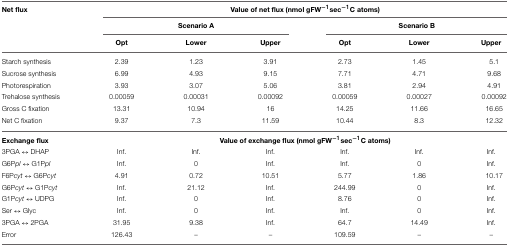
<table><thead><tr><td><b>Net flux</b></td><td colspan="6"><b>Value of net flux (nmol gFW<sup>−1</sup>sec<sup>−1</sup>C atoms)</b></td></tr><tr><td></td><td colspan="3"><b>Scenario A</b></td><td colspan="3"><b>Scenario B</b></td></tr><tr><td></td><td><b>Opt</b></td><td><b>Lower</b></td><td><b>Upper</b></td><td><b>Opt</b></td><td><b>Lower</b></td><td><b>Upper</b></td></tr></thead><tbody><tr><td>Starch synthesis</td><td>2.39</td><td>1.23</td><td>3.91</td><td>2.73</td><td>1.45</td><td>5.1</td></tr><tr><td>Sucrose synthesis</td><td>6.99</td><td>4.93</td><td>9.15</td><td>7.71</td><td>4.71</td><td>9.68</td></tr><tr><td>Photorespiration</td><td>3.93</td><td>3.07</td><td>5.06</td><td>3.81</td><td>2.94</td><td>4.91</td></tr><tr><td>Trehalose synthesis</td><td>0.00059</td><td>0.00031</td><td>0.00092</td><td>0.00059</td><td>0.00027</td><td>0.00092</td></tr><tr><td>Gross C fixation</td><td>13.31</td><td>10.94</td><td>16</td><td>14.25</td><td>11.66</td><td>16.65</td></tr><tr><td>Net C fixation</td><td>9.37</td><td>7.3</td><td>11.59</td><td>10.44</td><td>8.3</td><td>12.32</td></tr><tr><td><b>Exchange flux</b></td><td colspan="6"><b>Value of exchange flux (nmol gFW<sup>−1</sup>sec<sup>−1</sup>C atoms)</b></td></tr><tr><td>3PGA ↔ DHAP</td><td>Inf.</td><td>Inf.</td><td>Inf.</td><td>Inf.</td><td>Inf.</td><td>Inf.</td></tr><tr><td>G6P<i>pl</i> ↔ G1P<i>pl</i></td><td>Inf.</td><td>0</td><td>Inf.</td><td>Inf.</td><td>0</td><td>Inf.</td></tr><tr><td>F6P<i>cyt</i> ↔ G6P<i>cyt</i></td><td>4.91</td><td>0.72</td><td>10.51</td><td>5.77</td><td>1.86</td><td>10.17</td></tr><tr><td>G6P<i>cyt</i> ↔ G1P<i>cyt</i></td><td>Inf.</td><td>21.12</td><td>Inf.</td><td>244.99</td><td>0</td><td>Inf.</td></tr><tr><td>G1P<i>cyt</i> ↔ UDPG</td><td>Inf.</td><td>0</td><td>Inf.</td><td>8.76</td><td>0</td><td>Inf.</td></tr><tr><td>Ser ↔ Glyc</td><td>Inf.</td><td>0</td><td>Inf.</td><td>Inf.</td><td>0</td><td>Inf.</td></tr><tr><td>3PGA ↔ 2PGA</td><td>31.95</td><td>9.38</td><td>Inf.</td><td>64.7</td><td>14.49</td><td>Inf.</td></tr><tr><td>Error</td><td>126.43</td><td>–</td><td>–</td><td>109.59</td><td>–</td><td>–</td></tr></tbody></table>